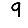
Digit: 9